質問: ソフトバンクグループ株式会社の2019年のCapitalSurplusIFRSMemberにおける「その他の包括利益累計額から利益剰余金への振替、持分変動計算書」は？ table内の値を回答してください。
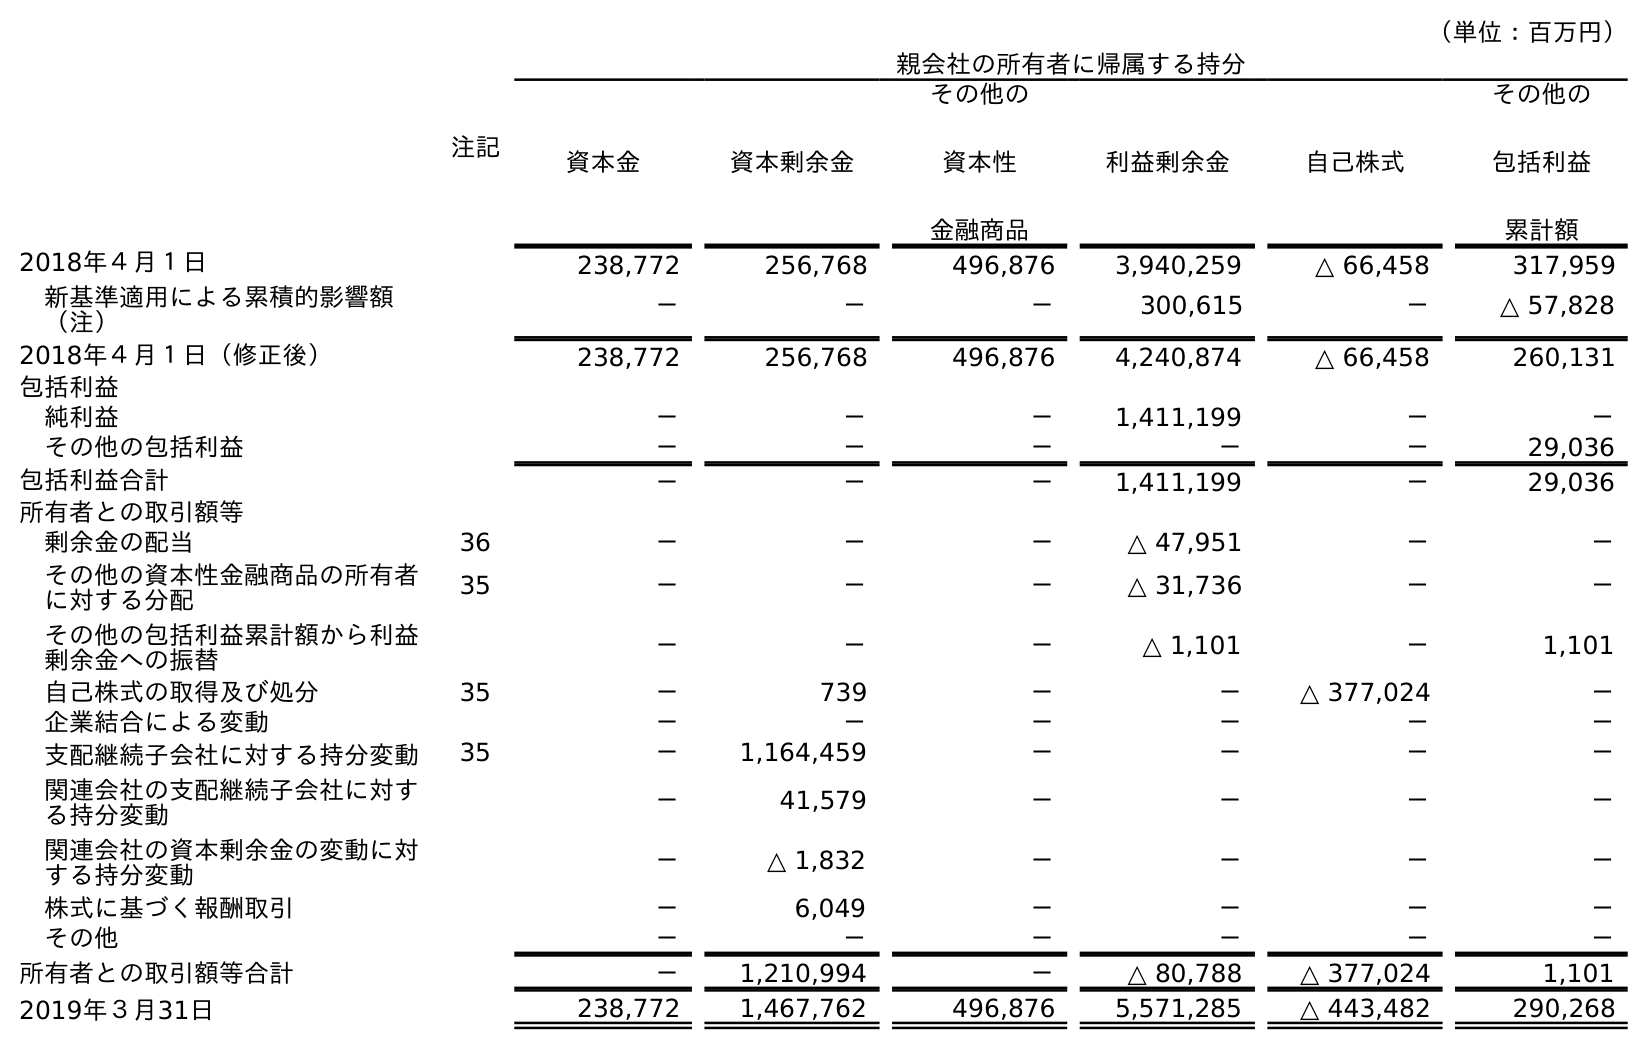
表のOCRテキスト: （単位：百万円） 注記 親会社の所有者に帰属する持分 資本金 資本剰余金 その他の 資本性 金融商品 利益剰余金 自己株式 その他の 包括利益 累計額 2018年４月１日 238,772 256,768 496,876 3,940,259 △ 66,458 317,959 新基準適用による累積的影響額 （注） － － － 300,615 － △ 57,828 2018年４月１日（修正後） 238,772 256,768 496,876 4,240,874 △ 66,458 260,131 包括利益 純利益 － － － 1,411,199 － － その他の包括利益 － － － － － 29,036 包括利益合計 － － － 1,411,199 － 29,036 所有者との取引額等 剰余金の配当 36 － － － △ 47,951 － － その他の資本性金融商品の所有者 に対する分配 35 － － － △ 31,736 － － その他の包括利益累計額から利益 剰余金への振替 － － － △ 1,101 － 1,101 自己株式の取得及び処分 35 － 739 － － △ 377,024 － 企業結合による変動 － － － － － － 支配継続子会社に対する持分変動 35 － 1,164,459 － － － － 関連会社の支配継続子会社に対す る持分変動 － 41,579 － － － － 関連会社の資本剰余金の変動に対 する持分変動 － △ 1,832 － － － － 株式に基づく報酬取引 － 6,049 － － － － その他 － － － － － － 所有者との取引額等合計 － 1,210,994 － △ 80,788 △ 377,024 1,101 2019年３月31日 238,772 1,467,762 496,876 5,571,285 △ 443,482 290,268
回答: －